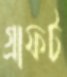
গ্রাফট